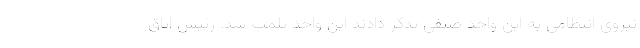
نیروی انتظامی به این واحد صنفی تذکر دادند این واحد پلمپ شد. رئیس اتاق